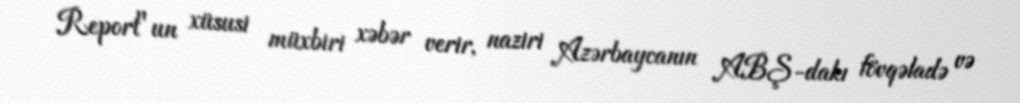
Report"un xüsusi müxbiri xəbər verir, naziri Azərbaycanın ABŞ-dakı fövqəladə və